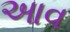
આવ